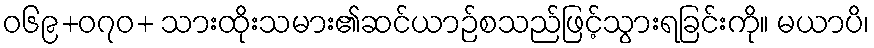
ဝ၆၉+၀၇ဝ+ သားထိုးသမား၏ဆင်ယာဉ်စသည်ဖြင့်သွားရခြင်းကို။ မယာပိ၊